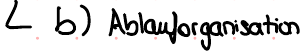
b) Ablauforganisation